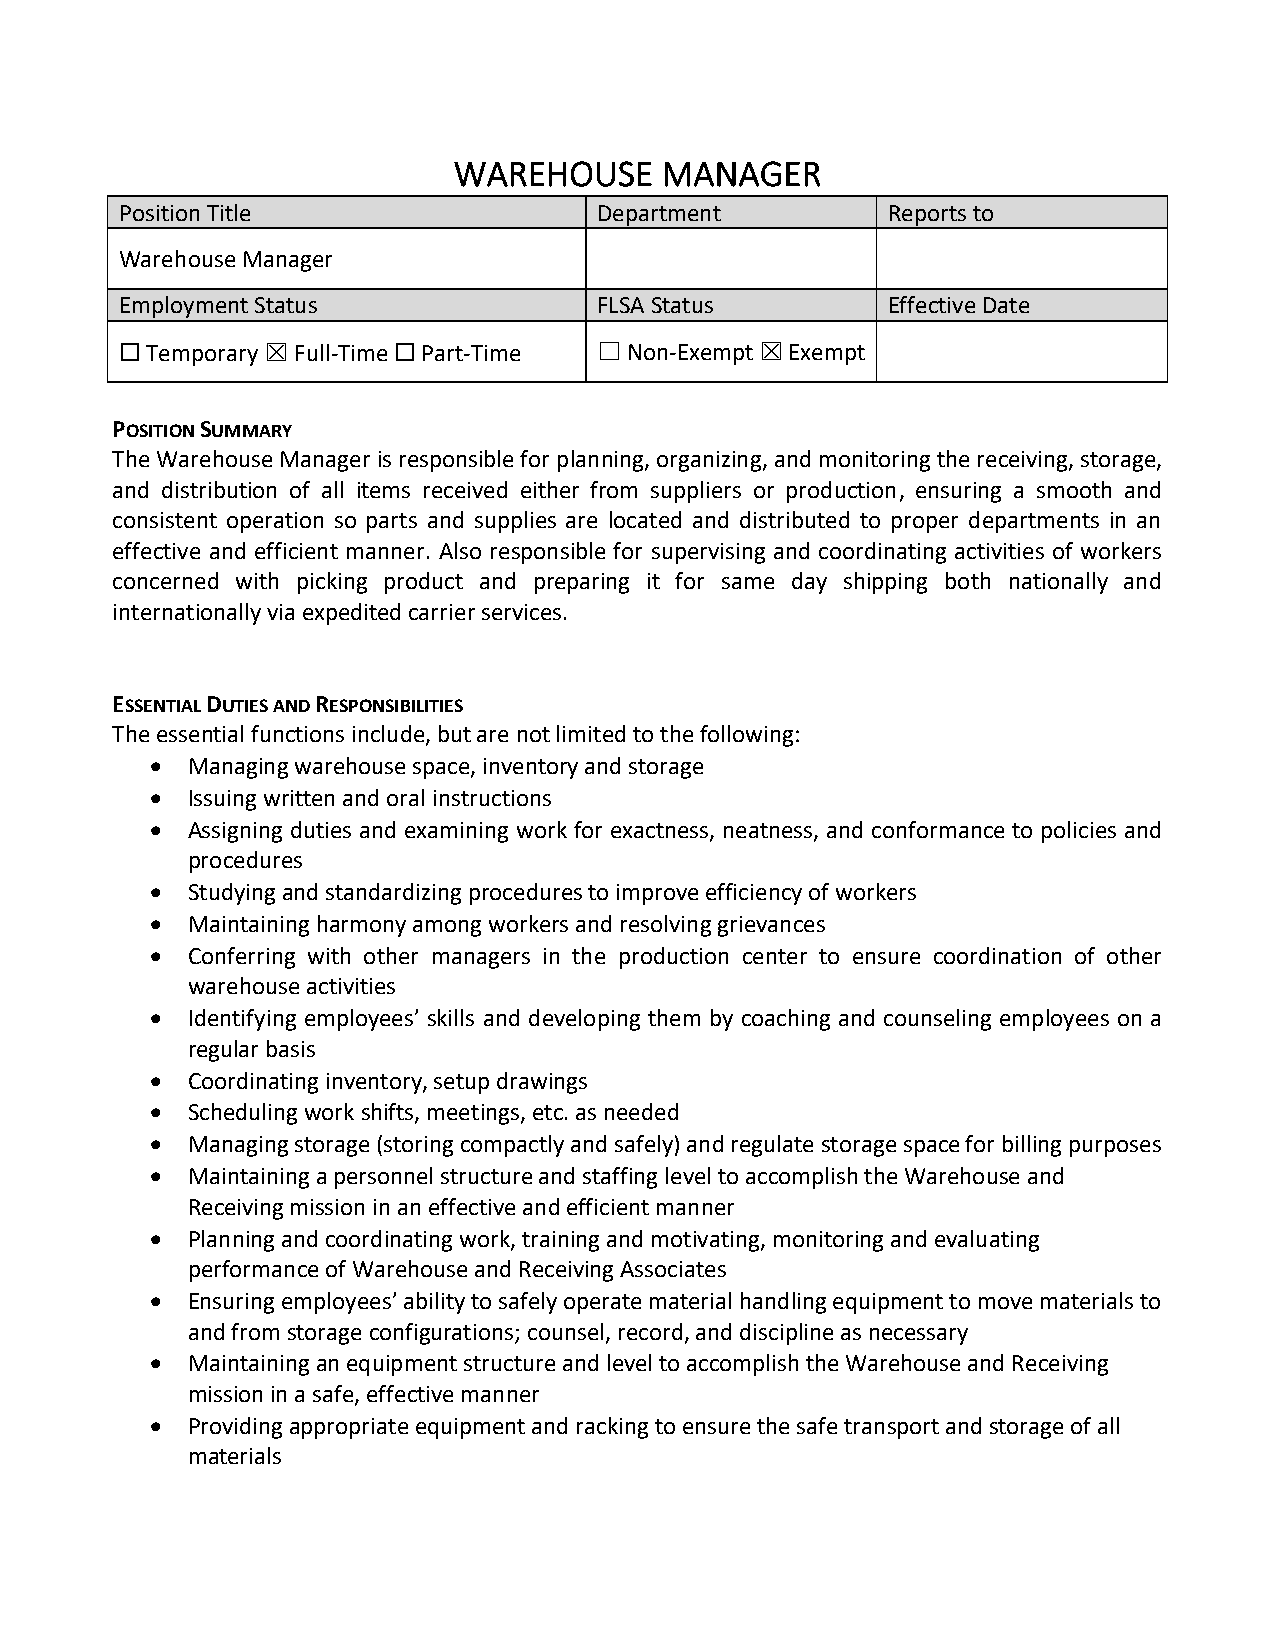
WAREHOUSE     MANAGER
 Position Title                  Department         Reports to
 Warehouse Manager
 Employment Status               FLSA Status        Effective Date
 ☐ Temporary ☒ Full-Time ☐ Part-Time ☐ Non-Exempt ☒ Exempt
 POSITION SUMMARY
 The Warehouse Manager is responsible for planning, organizing, and monitoring the receiving, storage,
 and distribution of all items received either from suppliers or production, ensuring a smooth and
 consistent operation so parts and supplies are located and distributed to proper departments in an
 effective and efficient manner. Also responsible for supervising and coordinating activities of workers
 concerned with picking product and preparing it for same day shipping both nationally and
 internationally via expedited carrier services.
 ESSENTIAL DUTIES AND RESPONSIBILITIES
 The essential functions include, but are not limited to the following:
 • Managing warehouse space, inventory and storage
 • Issuing written and oral instructions
 • Assigning duties and examining work for exactness, neatness, and conformance to policies and
 procedures
 • Studying and standardizing procedures to improve efficiency of workers
 • Maintaining harmony among workers and resolving grievances
 • Conferring with other managers in the production center to ensure coordination of other
 warehouse activities
 • Identifying employees’ skills and developing them by coaching and counseling employees on a
 regular basis
 • Coordinating inventory, setup drawings
 • Scheduling work shifts, meetings, etc. as needed
 • Managing storage (storing compactly and safely) and regulate storage space for billing purposes
 • Maintaining a personnel structure and staffing level to accomplish the Warehouse and
 Receiving mission in an effective and efficient manner
 • Planning and coordinating work, training and motivating, monitoring and evaluating
 performance of Warehouse and Receiving Associates
 • Ensuring employees’ ability to safely operate material handling equipment to move materials to
 and from storage configurations; counsel, record, and discipline as necessary
 • Maintaining an equipment structure and level to accomplish the Warehouse and Receiving
 mission in a safe, effective manner
 • Providing appropriate equipment and racking to ensure the safe transport and storage of all
 materials